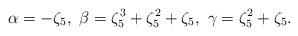
LaTeX: \begin{align*}\alpha=-\zeta_5,\ \beta=\zeta_5^3+\zeta_5^2+\zeta_5,\ \gamma=\zeta_5^2+\zeta_5. \end{align*}